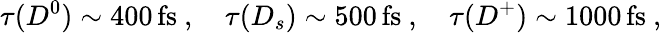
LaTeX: \tau(D^{0})\sim 400\, \mathrm{fs}~,\quad\tau(D_{s})\sim 500\, \mathrm{fs}~,\quad\tau(D^{+})\sim 1000\, \mathrm{fs}~,